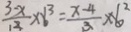
\frac { 3 - x } { 1 2 } \times 6 ^ { 3 } = \frac { x - 4 } { 3 } \times 6 ^ { 2 }